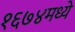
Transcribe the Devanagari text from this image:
१६७४मध्ये